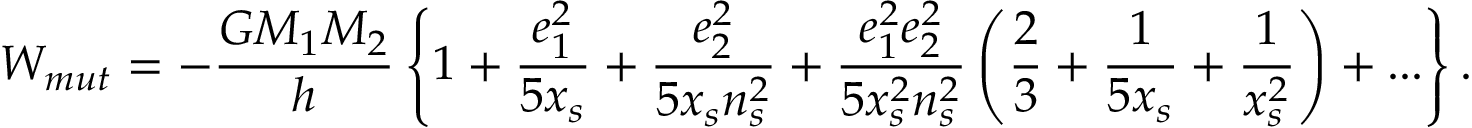
W _ { m u t } = \displaystyle - \frac { G M _ { 1 } M _ { 2 } } { h } \left\lbrace 1 + \frac { e _ { 1 } ^ { 2 } } { 5 x _ { s } } + \frac { e _ { 2 } ^ { 2 } } { 5 x _ { s } n _ { s } ^ { 2 } } + \frac { e _ { 1 } ^ { 2 } e _ { 2 } ^ { 2 } } { 5 x _ { s } ^ { 2 } n _ { s } ^ { 2 } } \left( \frac { 2 } { 3 } + \frac { 1 } { 5 x _ { s } } + \frac { 1 } { x _ { s } ^ { 2 } } \right) + . . . \right\rbrace .